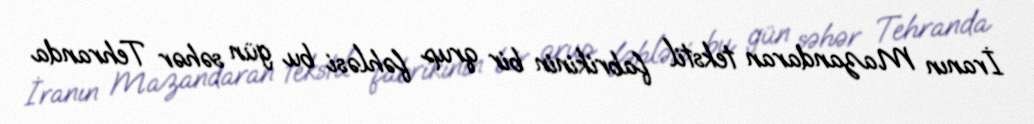
İranın Mazandaran tekstil fabrikinin bir qrup fəhləsi bu gün səhər Tehranda